Insane asylums in Bengal annual reports 1876-1887 - 1876-1887
Year: 1876
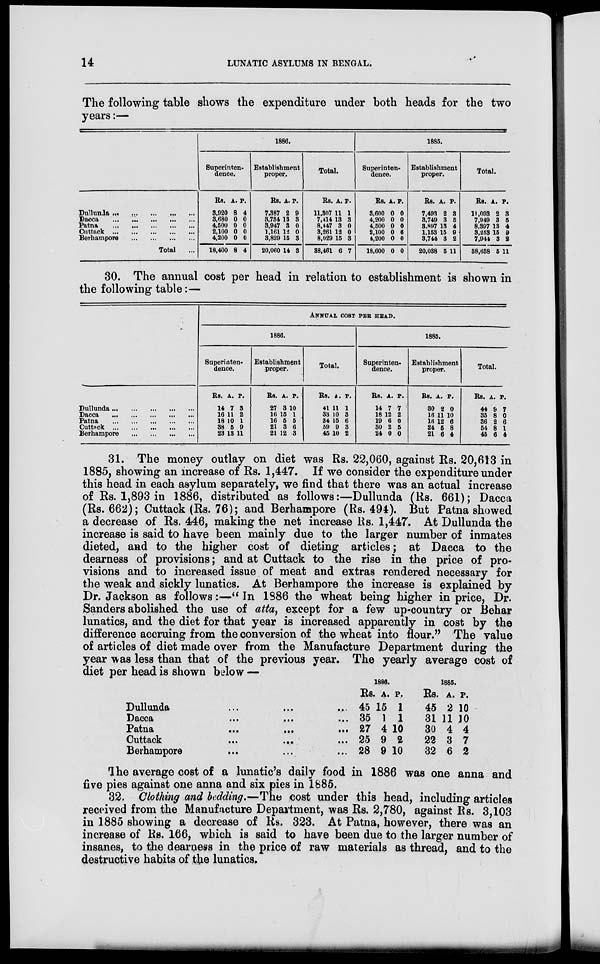
14
LUNATIC ASYLUMS IN BENGAL.
The following table shows the expenditure under both heads for the two
years:—
Dullunda ... ... ... ... ...
Dacca
...
...
...
...
...
Patna ... ... ... ... ...
Cuttack ... ... ... ... ...
Berhampore
...
...
...
...
Total ...
1886.
Superinten-
dence.
Rs.
3,920
3,680
4,600
2,100
4,200
18,400
A.
8
0
0
0
0
8
P.
4
0
0
0
0
4
Establishment
proper.
Rs.
7,387
3,734
3,947
1,161
8,829
20,060
A.
2
13
3
12
15
14
P.
9
3
0
0
3
3
Total.
Rs.
11,307
7,414
8,447
3,261
8,029
38,461
A.
11
13
3
12
15
6
P.
1
3
0
0
3
7
1885.
Superinten-
dence.
Rs.
3,600
4,200
4,500
2,100
4,200
18,600
A.
0
0
0
0
0
0
P.
0
0
0
6
0
0
Establishment
proper.
Rs.
7,493
3,749
8,897
1,153
3,744
20,038
A.
2
3
13
15
3
5
P.
3
5
4
9
2
11
Total.
Rs.
11,093
7,949
8,397
3,253
7,944
38,638
A.
2
3
13
15
3
5
P.
3
5
4
9
2
11
30. The annual cost per head in relation to establishment is shown in
the following table:—
Dullunda
...
...
...
...
...
Dacca
...
...
...
...
...
Patna ... ... ... ... ...
Cuttack
...
...
...
...
...
Berhampore ... ... ... ...
ANNUAL COST PER HEAD.
1886.
Superinten-
dence.
Rs.
14
16
18
38
23
A.
7
11
10
5
13
P.
3
2
1
9
11
Establishment
proper.
Rs.
27
16
16
21
21
A.
3
15
5
3
12
P.
10
1
5
6
3
Total.
Rs.
41
33
34
59
45
A.
11
10
15
9
10
P.
1
3
6
3
2
1885.
Superinten-
dence.
Rs.
14
18
19
30
24
A.
7
12
6
2
0
P.
7
2
0
5
0
Establishment
proper.
Rs.
30
16
16
24
21
A.
2
11
12
5
6
P.
0
10
6
8
4
Total.
Rs.
44
35
36
54
45
A.
9
8
2
8
6
P.
7
0
6
1
4
31. The money outlay on diet was Rs. 22,060, against Rs. 20,613 in
1885, showing an increase of Rs. 1,447. If we consider the expenditure under
this head in each asylum separately, we find that there was an actual increase
of Rs. 1,893 in 1886, distributed as follows:—Dullunda (Rs. 661); Dacca
(Rs. 662); Cuttack (Rs. 76); and Berhampore (Rs. 494). But Patna showed
a decrease of Rs. 446, making the net increase Rs. 1,447. At Dullunda the
increase is said to have been mainly due to the larger number of inmates
dieted, and to the higher cost of dieting articles; at Dacca to the
dearness of provisions; and at Cuttack to the rise in the price of pro-
visions and to increased issue of meat and extras rendered necessary for
the weak and sickly lunatics. At Berhampore the increase is explained by
Dr. Jackson as follows:—" In 1886 the wheat being higher in price, Dr.
Sanders abolished the use of atta, except for a few up-country or Behar
lunatics, and the diet for that year is increased apparently in cost by the
difference accruing from the conversion of the wheat into flour." The value
of articles of diet made over from the Manufacture Department during the
year was less than that of the previous year. The yearly average cost of
diet per head is shown below —
Dullunda ... ... ...
Dacca ... ... ...
Patna
...
... ...
Cuttack
... ... ...
Berhampore... ... ...
1886.
Rs.
45
35
27
25
28
A.
15
1
4
9
9
P.
1
1
10
2
10
1885.
Rs.
45
31
30
22
32
A.
2
11
4
3
6
P.
10
10
4
7
2
The average cost of a lunatic's daily food in 1886 was one anna and
five pies against one anna and six pies in 1885.
32. Clothing and bedding.—The cost under this head, including articles
received from the Manufacture Department, was Rs. 2,780, against Rs. 3,103
in 1885 showing a decrease of Rs. 323. At Patna, however, there was an
increase of Rs. 166, which is said to have been due to the larger number of
insanes, to the dearness in the price of raw materials as thread, and to the
destructive habits of the lunatics.